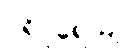
ပရိပူရေယျ